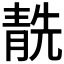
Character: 𩇜